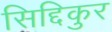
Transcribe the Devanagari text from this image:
सिद्दिकुर